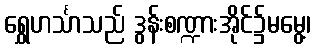
ရွှေဟင်္သာသည် ဒွန်းစဏ္ဍားအိုင်၌မမွေ့၊